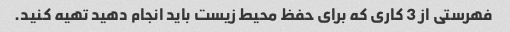
فهرستی از 3 کاری که برای حفظ محیط زیست باید انجام دهید تهیه کنید.